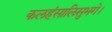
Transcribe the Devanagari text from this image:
कलहंसालिसुभगे।